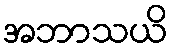
အဘာသယိ